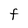
Character: F